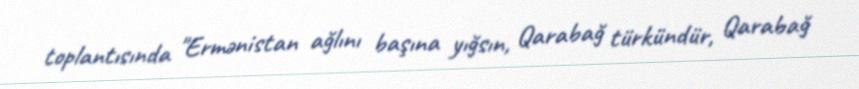
toplantısında "Ermənistan ağlını başına yığsın, Qarabağ türkündür, Qarabağ